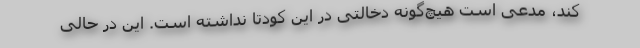
کند، مدعی است هیچ‌گونه دخالتی در این کودتا نداشته است. این در حالی